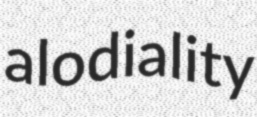
alodiality